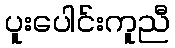
ပူးပေါင်းကူညီ